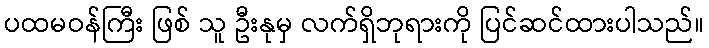
ပထမဝန်ကြီး ဖြစ် သူ ဦးနုမှ လက်ရှိဘုရားကို ပြင်ဆင်ထားပါသည်။